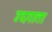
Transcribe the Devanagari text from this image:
उदगाता